Scottish Certificate of Education, 1963
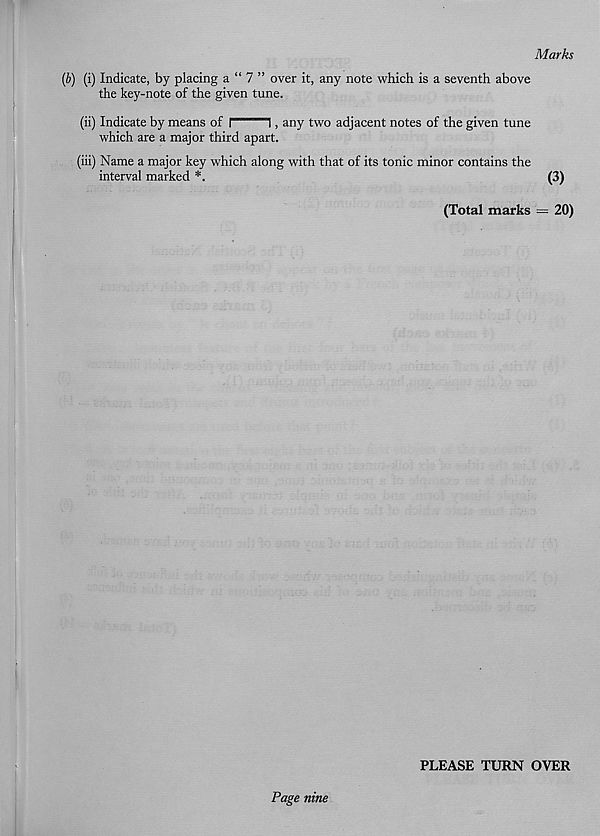
Marks
(b) (i) Indicate, by placing a “ 7 ” over it, any note which is a seventh above
the key-note of the given tune.
(ii) Indicate by means of i
i, any two adjacent notes of the given tune
which are a major third apart.
(iii) Name a major key which along with that of its tonic minor contains the
interval marked *•
(3)
(Total marks = 20)
PLEASE TURN OVER
Page nine